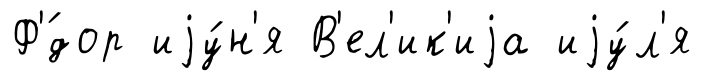
Ф'́дор иjу́н'я В'ел'ик'иjа иjу́л'я